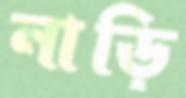
নাড়ি